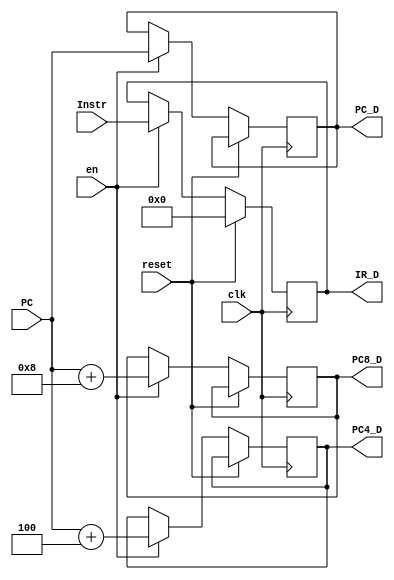
`timescale 1ns / 1ps
//////////////////////////////////////////////////////////////////////////////////
// Company: 
// Engineer: 
// 
// Design Name: 
// Module Name:    ID 
// Project Name: 
// Target Devices: 
// Tool versions: 
// Description: 
//
// Dependencies: 
//
// Revision: 
// Revision 0.01 - File Created
// Additional Comments: 
//
//////////////////////////////////////////////////////////////////////////////////
module ID(
	 input clk,
	 input reset,
	 input en,
    input [31:0] Instr,
	 input [31:0] PC,
	 output reg[31:0] IR_D,
	 output reg[31:0] PC_D,
    output reg[31:0] PC4_D,
    output reg[31:0] PC8_D
    );

	initial begin
		IR_D <= 0;
	end
	
	always@(posedge clk) begin
		if(reset) begin
			IR_D <= 32'h00000000;
		end
		else if(en) begin
			IR_D <= Instr;
			PC_D <= PC;
			PC4_D <= PC+4;
			PC8_D <= PC+8;
		end
	end
endmodule